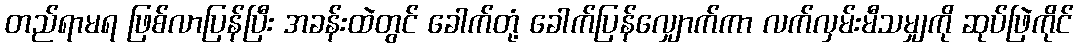
တည်ရာမရ ဖြစ်လာပြန်ပြီး အခန်းထဲတွင် ခေါက်တုံ့ ခေါက်ပြန်လျှောက်ကာ လက်လှမ်းမီသမျှကို ဆုပ်ဖြဲကိုင်